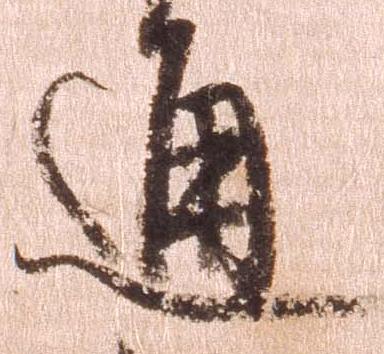
通